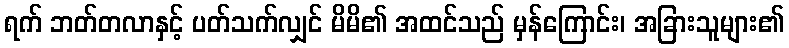
ရက် ဘတ်တလာနှင့် ပတ်သက်လျှင် မိမိ၏ အထင်သည် မှန်ကြောင်း၊ အခြားသူများ၏